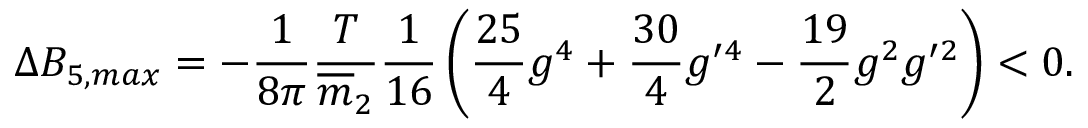
\Delta B _ { 5 , m a x } = - \frac { 1 } { 8 \pi } \frac { T } { \overline { { { m } } } _ { 2 } } \frac { 1 } { 1 6 } \left( \frac { 2 5 } { 4 } g ^ { 4 } + \frac { 3 0 } { 4 } g ^ { \prime 4 } - \frac { 1 9 } { 2 } g ^ { 2 } g ^ { \prime 2 } \right) < 0 .